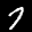
Label: 7